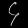
Digit: ၄